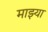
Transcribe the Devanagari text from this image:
माझ्या